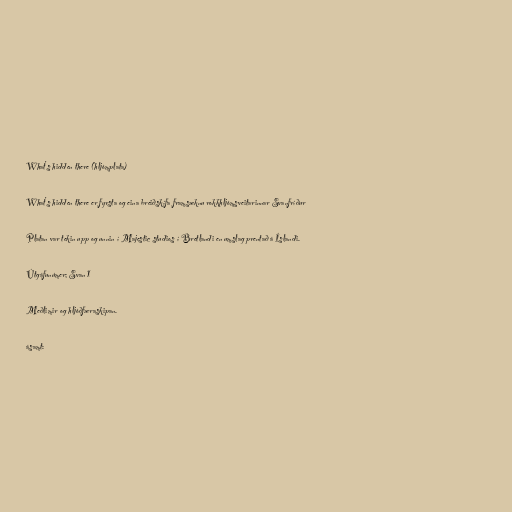
What's hidden there (hljómplata)

What's hidden there er fyrsta og eina breiðskífa framsæknu rokkhljómsveitarinnar Svanfríður

Platan var tekin upp og unnin í Majestic studios í Bretlandi en umslag prentað á Íslandi.

Útgáfunúmer; Svan 1

Meðlimir og hljóðfæraskipan.

ásamt: